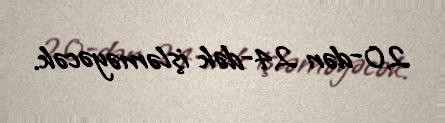
20-dən 24-dək işləməyəcək.